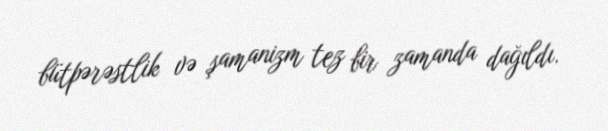
bütpərəstlik və şamanizm tez bir zamanda dağıldı.